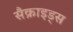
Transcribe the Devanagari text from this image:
सैक्राइड्स